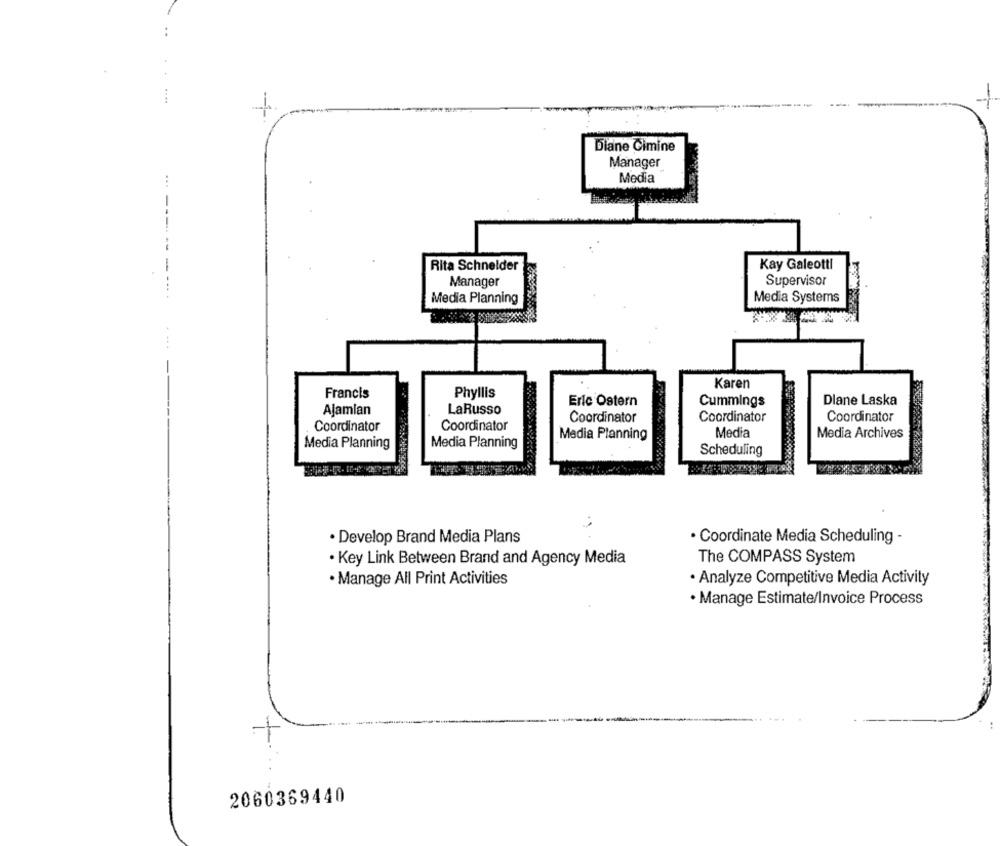
1
Diane Cimine
Manager
Media
...
-- -
Rita Schneider
Kay Galeotti
Manager
Supervisor
Media Systems
Media Planning
Karen
Francis
Phyllis
Eric Ostern
Cummings
Dlane Laska
Ajamlan
LaRusso
Coordinator
Coordinator
Coordinator
Coordinator
Coordinator
Media Planning
Media
Media Archives
Media Planning
Media Planning
Scheduling
· Develop Brand Media Plans
· Coordinate Media Scheduling -
The COMPASS System
· Key Link Between Brand and Agency Media
· Manage All Print Activities
· Analyze Competitive Media Activity
· Manage Estimate/Invoice Process
2060369440